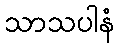
သာသပါနံ